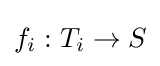
f_{i}:T_{i}\to S